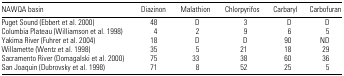
<table><thead><tr><td><b>NAWQA basin</b></td><td><b>Diazinon</b></td><td><b>Malathion</b></td><td><b>Chlorpyrifos</b></td><td><b>Carbaryl</b></td><td><b>Carbofuran</b></td></tr></thead><tbody><tr><td>Puget Sound (Ebbert et al. 2000)</td><td>48</td><td>D</td><td>3</td><td>D</td><td>D</td></tr><tr><td>Columbia Plateau (Williamson et al. 1998)</td><td>4</td><td>2</td><td>9</td><td>6</td><td>5</td></tr><tr><td>Yakima River (Fuhrer et al. 2004)</td><td>18</td><td>D</td><td>D</td><td>90</td><td>ND</td></tr><tr><td>Willamette (Wentz et al. 1998)</td><td>35</td><td>5</td><td>21</td><td>18</td><td>29</td></tr><tr><td>Sacramento River (Domagalski et al. 2000)</td><td>75</td><td>33</td><td>38</td><td>60</td><td>36</td></tr><tr><td>San Joaquin (Dubrovsky et al. 1998)</td><td>71</td><td>8</td><td>52</td><td>25</td><td>5</td></tr></tbody></table>